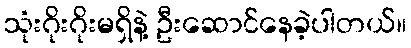
သုံးဂိုးဂိုးမရှိနဲ့ ဦးဆောင်နေခဲ့ပါတယ်။